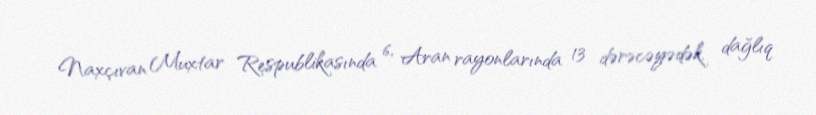
Naxçıvan Muxtar Respublikasında 6, Aran rayonlarında 13 dərəcəyədək, dağlıq